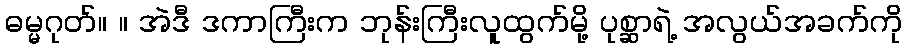
ဓမ္မဂုတ်။ ။ အဲဒီ ဒကာကြီးက ဘုန်းကြီးလူထွက်မို့ ပုစ္ဆာရဲ့ အလွယ်အခက်ကို